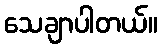
သေချာပါတယ်။